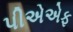
પીએએફ